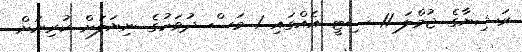
ރަޝިޔާގެ ޖުމްލަ 11 ސިޓީ އެއްގައި 1 މަސް ދުވަހުގެ ނިޔަލަށް ކުރިޔަށް